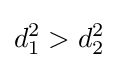
d_{1}^{2}>d_{2}^{2}